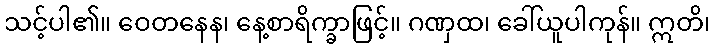
သင့်ပါ၏။ ဝေတနေန၊ နေ့စာရိက္ခာဖြင့်။ ဂဏှထ၊ ခေါ်ယူပါကုန်။ ဣတိ၊